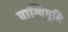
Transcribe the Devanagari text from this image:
वाग्विभूति